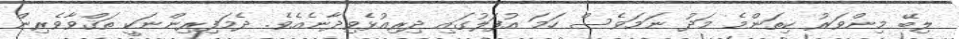
ލިބޭ މިންވަރު ކިތަންމެ މަދު ނަމަވެސް ހަމަ އުފަލުގައި ދިރިއުޅެވިދާނެއެވެ. ދެމަފިރިންނަކީ ތަޤްވާވެރިން